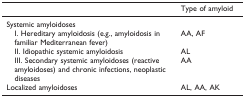
<table><thead><tr><td></td><td><b>Type of amyloid</b></td></tr></thead><tbody><tr><td>Systemic amyloidoses</td><td></td></tr><tr><td>I. Hereditary amyloidosis (e.g., amyloidosis in familiar Mediterranean fever)</td><td>AA, AF</td></tr><tr><td>II. Idiopathic systemic amyloidosis</td><td>AL</td></tr><tr><td>III. Secondary systemic amyloidoses (reactive amyloidoses) and chronic infections, neoplastic diseases</td><td>AA</td></tr><tr><td>Localized amyloidoses</td><td>AL, AA, AK</td></tr></tbody></table>